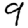
Digit: 9